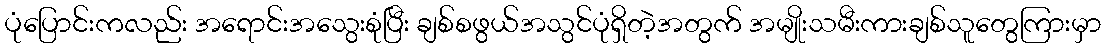
ပုံပြောင်းကလည်း အရောင်းအသွေးစုံပြီး ချစ်စဖွယ်အသွင်ပုံရှိတဲ့အတွက် အမျိုးသမီးကားချစ်သူတွေကြားမှာ